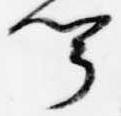
聞